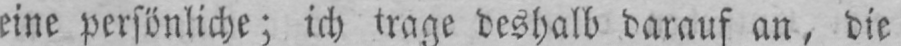
eine persönliche; ich trage deshalb darauf an, die